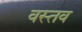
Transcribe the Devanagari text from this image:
वस्तव